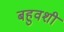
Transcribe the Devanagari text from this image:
बहुवशी